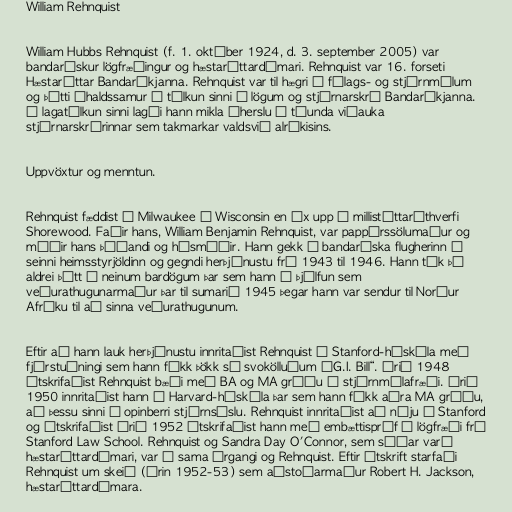
William Rehnquist

William Hubbs Rehnquist (f. 1. október 1924, d. 3. september 2005) var
bandarískur lögfræðingur og hæstaréttardómari. Rehnquist var 16. forseti
Hæstaréttar Bandaríkjanna. Rehnquist var til hægri í félags- og stjórnmálum
og þótti íhaldssamur í túlkun sinni á lögum og stjórnarskrá Bandaríkjanna.
Í lagatúlkun sinni lagði hann mikla áherslu á tíunda viðauka
stjórnarskrárinnar sem takmarkar valdsvið alríkisins.

Uppvöxtur og menntun.

Rehnquist fæddist í Milwaukee í Wisconsin en óx upp í millistéttarúthverfi
Shorewood. Faðir hans, William Benjamin Rehnquist, var pappírssölumaður og
móðir hans þýðandi og húsmóðir. Hann gekk í bandaríska flugherinn í
seinni heimsstyrjöldinn og gegndi herþjónustu frá 1943 til 1946. Hann tók þó
aldrei þátt í neinum bardögum þar sem hann í þjálfun sem
veðurathugunarmaður þar til sumarið 1945 þegar hann var sendur til Norður
Afríku til að sinna veðurathugunum.

Eftir að hann lauk herþjónustu innritaðist Rehnquist í Stanford-háskóla með
fjárstuðningi sem hann fékk þökk sé svokölluðum „G.I. Bill“. Árið 1948
útskrifaðist Rehnquist bæði með BA og MA gráðu í stjórnmálafræði. Árið
1950 innritaðist hann í Harvard-háskóla þar sem hann fékk aðra MA gráðu,
að þessu sinni í opinberri stjórnsýslu. Rehnquist innritaðist að nýju í Stanford
og útskrifaðist árið 1952 útskrifaðist hann með embættispróf í lögfræði frá
Stanford Law School. Rehnquist og Sandra Day O'Connor, sem síðar varð
hæstaréttardómari, var í sama árgangi og Rehnquist. Eftir útskrift starfaði
Rehnquist um skeið (árin 1952-53) sem aðstoðarmaður Robert H. Jackson,
hæstaréttardómara.